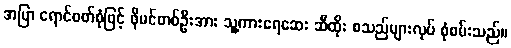
အပြာ ရောင်ဝတ်စုံဖြင့် ဖိုမင်တစ်ဦးအား သူ့ကားရေဆေး ဆီထိုး စသည်များလုပ် စုံစမ်းသည်။